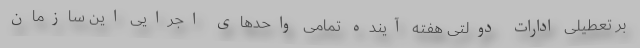
بر تعطیلی ادارات دولتی هفته آینده تمامی واحدهای اجرایی این سازمان